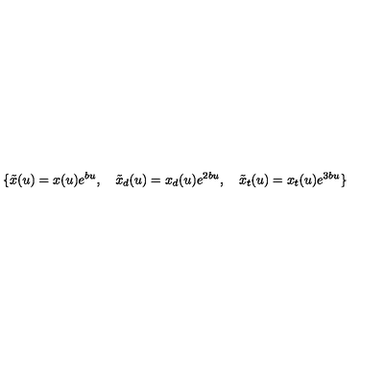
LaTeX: \{ \tilde { x } ( u ) = x ( u ) e ^ { b u } , \quad \tilde { x } _ { d } ( u ) = x _ { d } ( u ) e ^ { 2 b u } , \quad \tilde { x } _ { t } ( u ) = x _ { t } ( u ) e ^ { 3 b u } \}